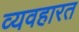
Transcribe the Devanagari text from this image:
व्‍यवहारत